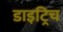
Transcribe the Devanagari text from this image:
डाइट्रिच